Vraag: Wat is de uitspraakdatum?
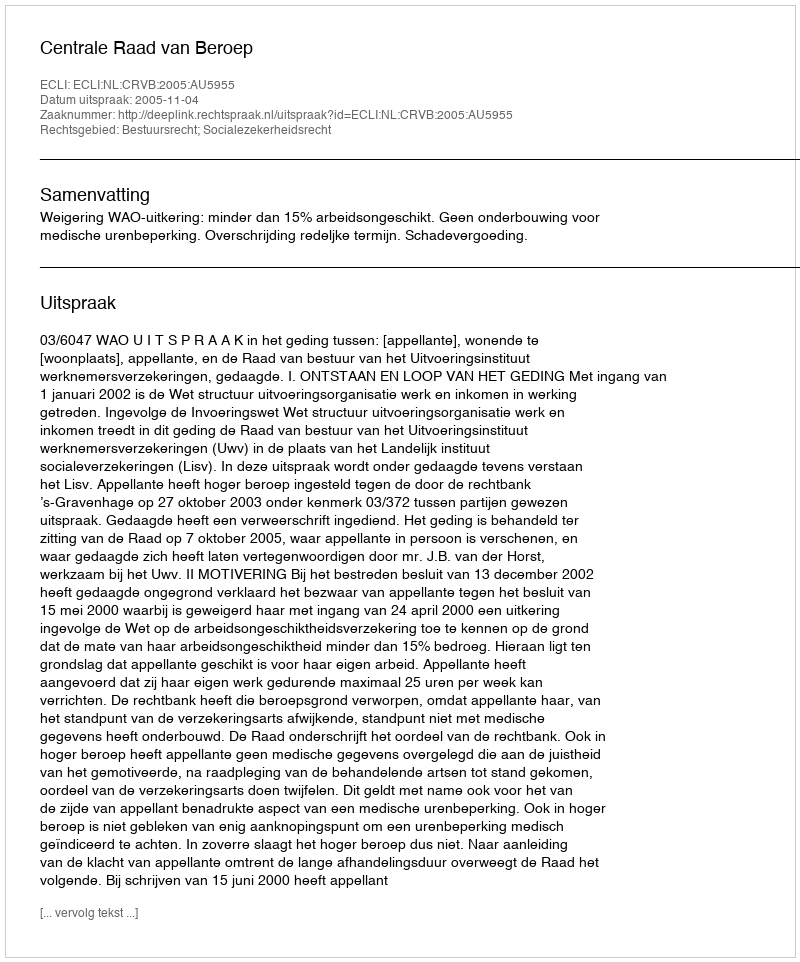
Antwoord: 2005-11-04